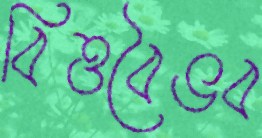
বিত্তবৈভব